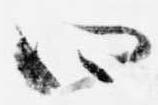
四